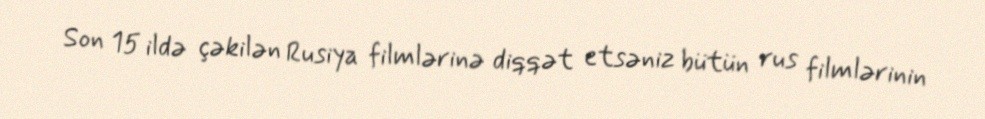
Son 15 ildə çəkilən Rusiya filmlərinə diqqət etsəniz bütün rus filmlərinin